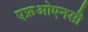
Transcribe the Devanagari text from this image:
एफ़ओएनसी